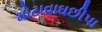
મોટાવાઘછીપા